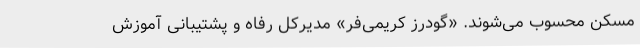
مسکن محسوب می‌شوند. «گودرز کریمی‌فر» مدیرکل رفاه و پشتیبانی آموزش